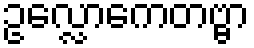
ဥလ္လောကေတဗ္ဗာ